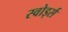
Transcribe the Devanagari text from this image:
स्वोर्ड्स